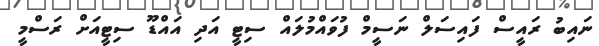
ނައިބު ރައީސް ފައިސަލް ނަސީމް ފުވައްމުލައް ސިޓީ އަދި އައްޑޫ ސިޓީއަށް ރަސްމީ